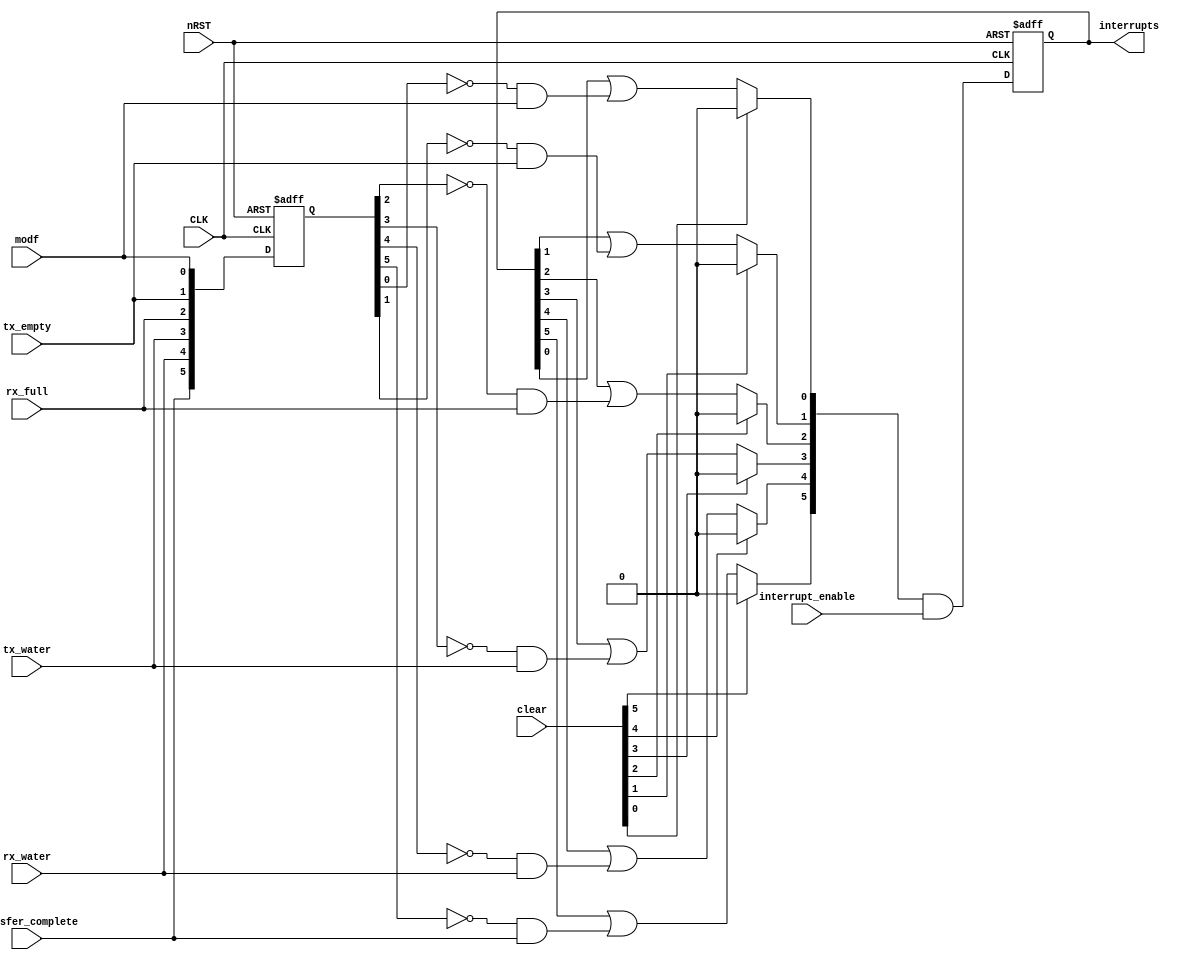
module interrupt_control (
	CLK,
	nRST,
	transfer_complete,
	modf,
	rx_water,
	tx_water,
	rx_full,
	tx_empty,
	interrupt_enable,
	clear,
	interrupts
);
	input wire CLK;
	input wire nRST;
	input wire transfer_complete;
	input wire modf;
	input wire rx_water;
	input wire tx_water;
	input wire rx_full;
	input wire tx_empty;
	input wire [5:0] interrupt_enable;
	input wire [5:0] clear;
	output wire [5:0] interrupts;
	reg [5:0] interrupt_e;
	reg [5:0] interrupt_flags;
	reg [5:0] interrupt_n;
	wire [5:0] input_group;
	assign input_group = {transfer_complete, rx_water, tx_water, rx_full, tx_empty, modf};
	assign interrupts = interrupt_flags;
	always @(posedge CLK or negedge nRST)
		if (nRST == 0) begin
			interrupt_flags <= {6 {1'sb0}};
			interrupt_e <= {6 {1'sb0}};
		end
		else begin
			interrupt_flags <= interrupt_n;
			interrupt_e <= input_group;
		end
	always @(*) begin
		interrupt_n = interrupts;
		begin : sv2v_autoblock_20
			reg signed [31:0] i;
			for (i = 0; i < 6; i = i + 1)
				if (clear[i])
					interrupt_n[i] = 1'b0;
				else
					interrupt_n[i] = interrupt_flags[i] | (~interrupt_e[i] & input_group[i]);
		end
		interrupt_n = interrupt_n & interrupt_enable;
	end
endmodule